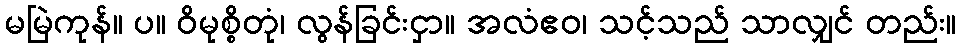
မမြဲကုန်။ ပ။ ဝိမုစ္စိတုံ၊ လွန်ခြင်းငှာ။ အလံဧဝ၊ သင့်သည် သာလျှင် တည်း။